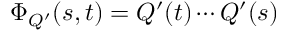
\Phi _ { Q ^ { \prime } } ( s , t ) = Q ^ { \prime } ( t ) \cdots Q ^ { \prime } ( s )